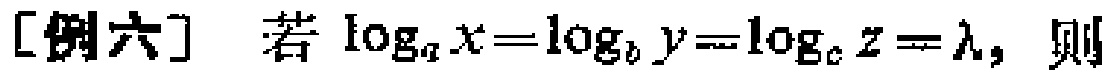
[例六] 若 $\log_{a}x = \log_{b}y=\log_{c}z=\lambda,$ 则